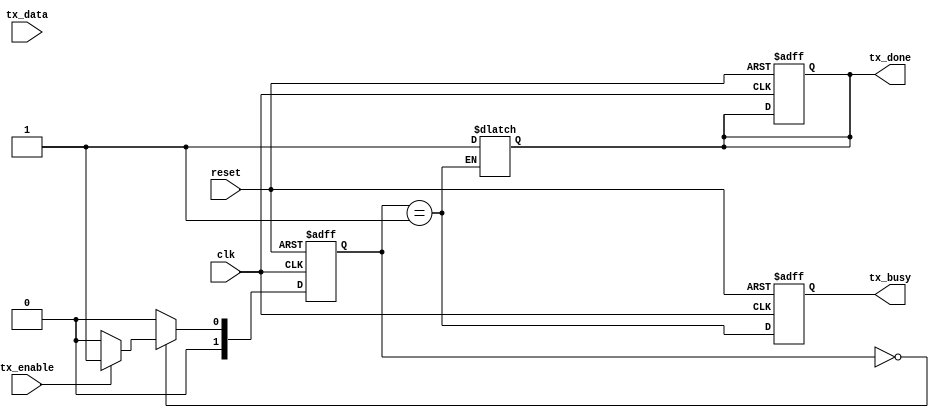
module SPI_master(
    input wire clk,
    input wire reset,
    input wire tx_enable,
    input wire [7:0] tx_data,
    output reg tx_busy,
    output reg tx_done
);

// State definitions
parameter IDLE = 2'b00;
parameter SEND = 2'b01;

reg [1:0] state, next_state;

// Register definitions
reg [7:0] tx_reg;

always @ (posedge clk or posedge reset) begin
    if (reset) begin
        state <= IDLE;
        tx_reg <= 8'b0;
        tx_busy <= 1'b0;
        tx_done <= 1'b0;
    end else begin
        state <= next_state;
        tx_busy <= (state == SEND);
    end
end

always @ (state) begin
    case (state)
        IDLE: begin
            if (tx_enable) begin
                next_state <= SEND;
            end else begin
                next_state <= IDLE;
            end
        end
        SEND: begin
            tx_reg <= tx_data;
            next_state <= IDLE;
            tx_done <= 1'b1;
        end
        default: next_state <= IDLE;
    endcase
end

endmodule